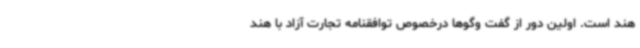
هند است. اولین دور از گفت وگوها درخصوص توافقنامه تجارت آزاد با هند